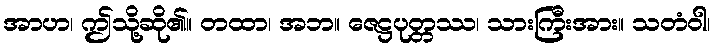
အာဟ၊ ဤသို့ဆို၏။ တထာ၊ အဘ။ ဇေဋ္ဌပုတ္တဿ၊ သားကြီးအား။ သတံဝါ၊